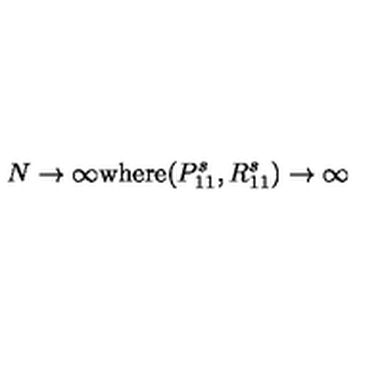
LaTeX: N \rightarrow \infty \mathrm { w h e r e } ( P _ { 1 1 } ^ { s } , R _ { 1 1 } ^ { s } ) \rightarrow \infty